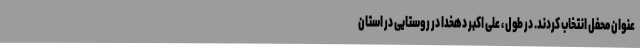
عنوان محفل انتخاب کردند. در طول ، علی اکبر دهخدا در روستایی در استان